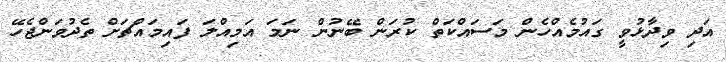
އަދި ވިދާޅުވީ ގައުމެއްހެން މަސައްކަތް ކުރަން ބޭނުން ނަމަ އަމިއްލަ ފައިމައްޗަށް ތެދުވަންޖެހޭ